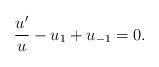
LaTeX: \begin{align*}\frac{u'}{u}-u_1+u_{-1}=0.\end{align*}